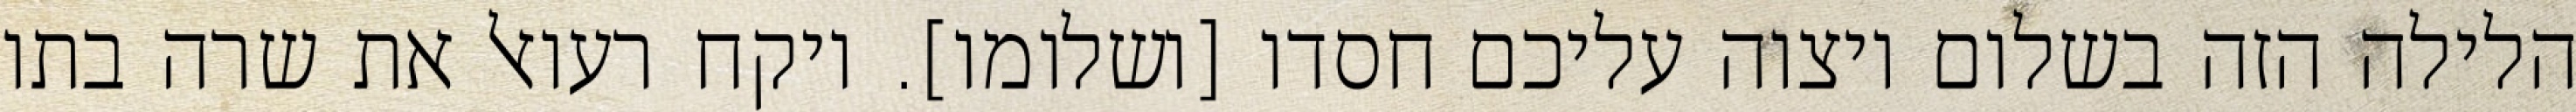
הלילה הזה בשלום ויצוה עליכם חסדו [ושלומו]. ויקח רעואל את שרה בתו